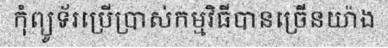
កុំព្យូទ័រប្រើប្រាស់កម្មវិធីបានច្រើនយ៉ាង